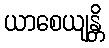
ယာစေယျန္တိ